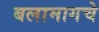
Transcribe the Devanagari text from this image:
बलामागचे